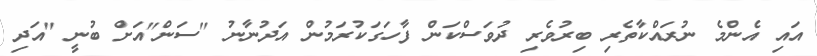
އައި އެންމެ ނުރައްކާތެރި ބިރުވެރި ދުވަސްކަން ފާހަގަކުރަމުން އަދުނާނު "ސަން"އަށް ބުނީ "އަދި